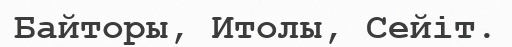
Байторы, Итолы, Сейіт.